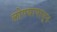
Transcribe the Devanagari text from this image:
लोण्यापासून